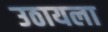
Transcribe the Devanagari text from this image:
उठायला